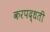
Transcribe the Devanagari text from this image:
करपद्धती